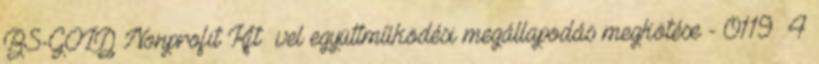
BS-GOLD Nonprofit Kft –vel együttműködési megállapodás megkötése - 0119 4